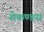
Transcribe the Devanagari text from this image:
सेकण्डस